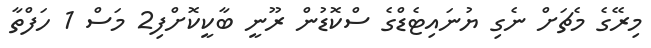
މިރޭގެ މެޗަށް ނެގި ޔުނައިޓެޑްގެ ސްކޮޑުން ރޫނީ ބާކީކޮށްފި2 މަސް 1 ހަފްތާ